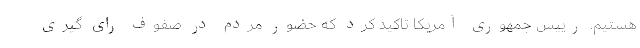
هستیم. رییس جمهوری آمریکا تاکید کرد که حضور مردم در صفوف رای گیری